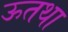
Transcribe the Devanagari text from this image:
ऊतथा